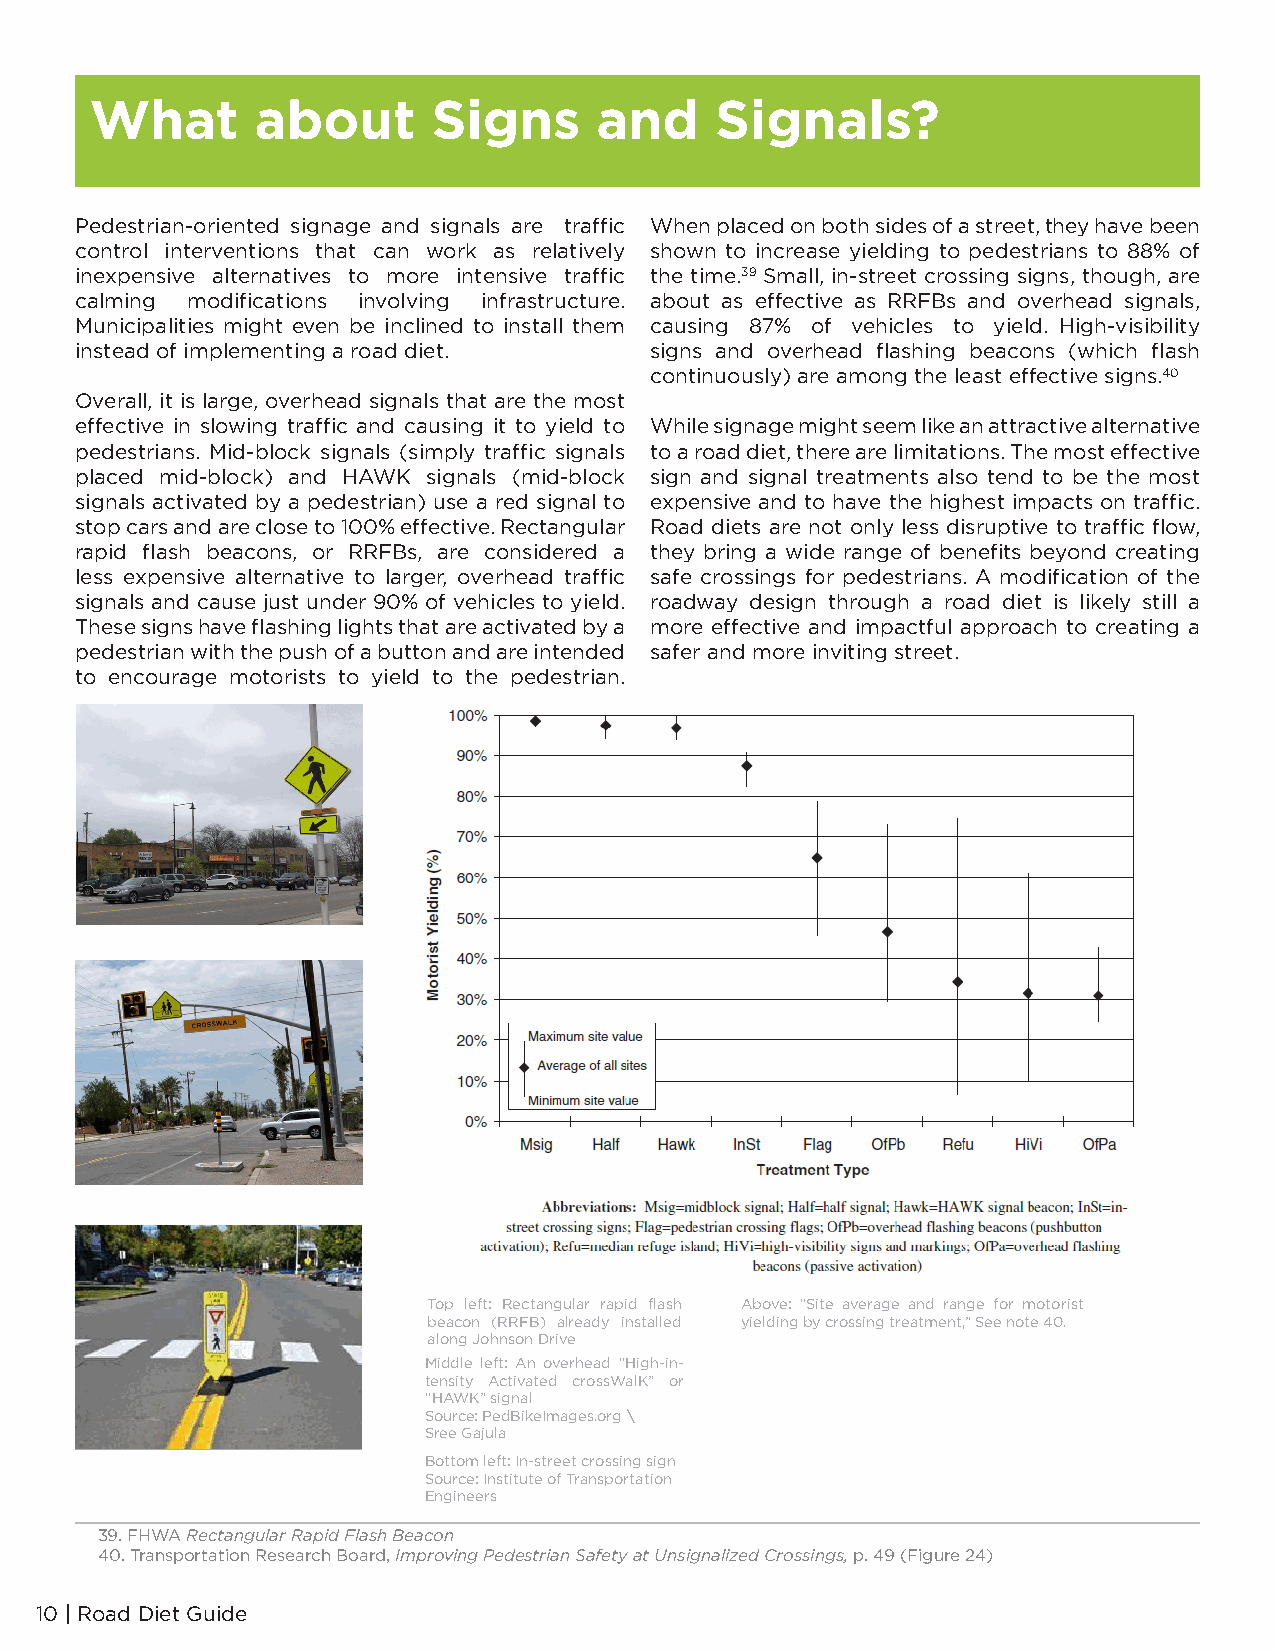
What       about       Signs     and     Signals?
 Pedestrian-oriented signage and signals are traffic When placed on both sides of a street, they have been
 control interventions that can work as relatively shown to increase yielding to pedestrians to 88% of
 inexpensive alternatives to more intensive traffic the time.39 Small, in-street crossing signs, though, are
 calming modifications involving infrastructure. about as effective as RRFBs and overhead signals,
 Municipalities might even be inclined to install them causing 87% of vehicles to yield. High-visibility
 instead of implementing a road diet.  signs and overhead flashing beacons (which flash
 continuously) are among the least effective signs.40
 Overall, it is large, overhead signals that are the most
 effective in slowing traffic and causing it to yield to While signage might seem like an attractive alternative
 pedestrians. Mid-block signals (simply traffic signals to a road diet, there are limitations. The most effective
 placed mid-block) and HAWK signals (mid-block sign and signal treatments also tend to be the most
 signals activated by a pedestrian) use a red signal to expensive and to have the highest impacts on traffic.
 stop cars and are close to 100% effective. Rectangular Road diets are not only less disruptive to traffic flow,
 rapid flash beacons, or RRFBs, are considered a they bring a wide range of benefits beyond creating
 less expensive alternative to larger, overhead traffic safe crossings for pedestrians. A modification of the
 signals and cause just under 90% of vehicles to yield. roadway design through a road diet is likely still a
 These signs have flashing lights that are activated by a more effective and impactful approach to creating a
 pedestrian with the push of a button and are intended safer and more inviting street.
 to encourage motorists to yield to the pedestrian.
 Top left: Rectangular rapid flash Above: “Site average and range for motorist
 beacon (RRFB) already installed yielding by crossing treatment,” See note 40.
 along Johnson Drive
 Middle left: An overhead “High-in-
 tensity Activated crossWalK” or
 “HAWK” signal
 Source: PedBikeImages.org \
 Sree Gajula
 Bottom left: In-street crossing sign
 Source: Institute of Transportation
 Engineers
 39. FHWA Rectangular Rapid Flash Beacon
 40. Transportation Research Board, Improving Pedestrian Safety at Unsignalized Crossings, p. 49 (Figure 24)
 10 | Road Diet Guide